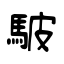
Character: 駊